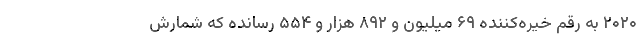
۲۰۲۰ به رقم خیره‌کننده ۶۹ میلیون و ۸۹۲ هزار و ۵۵۴ رسانده که شمارش